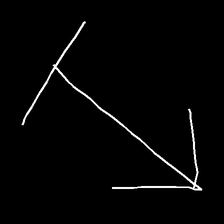
Glyph: levitation